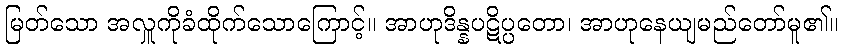
မြတ်သော အလှူကိုခံထိုက်သောကြောင့်။ အာဟုဒိန္နပဋိပ္ပတော၊ အာဟုနေယျမည်တော်မူ၏။